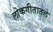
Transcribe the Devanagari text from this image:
लोकगीतातले